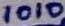
Text: 1010